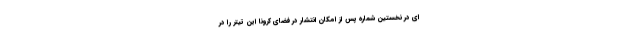
ای در نخستین شماره پس از امکان انتشار در فضای کرونا این تیتر را در